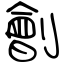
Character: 劊